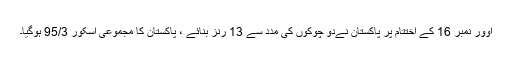
اوور نمبر 16 کے اختتام پر پاکستان نےدو چوکوں کی مدد سے 13 رنز بنائے ، پاکستان کا مجموعی اسکور 95/3 ہوگیا۔